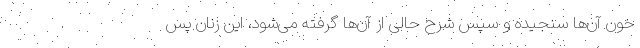
خون آن‌ها سنجیده و سپس شرح حالی از آن‌ها گرفته می‌شود، این زنان پس